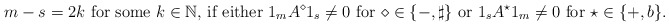
\begin{align*} m-s=2k \text{ for some $ k\in\mathbb N$, if either $1_mA^\diamond1_s\neq 0$ for $\diamond\in \{-,\sharp\}$ or $1_sA^{\star}1_m\neq 0$ for $\star\in \{+,b\}$.} \end{align*}